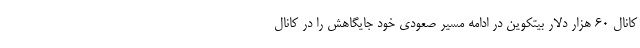
کانال ۶۰ هزار دلار بیتکوین در ادامه مسیر صعودی خود جایگاهش را در کانال